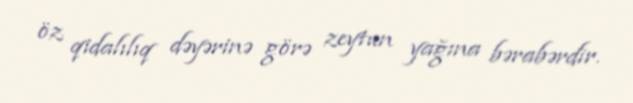
öz qidalılıq dəyərinə görə zeytun yağına bərabərdir.